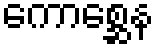
ကောစ္ဆေန